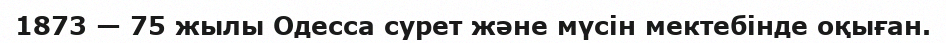
1873 — 75 жылы Одесса сурет және мүсін мектебінде оқыған.